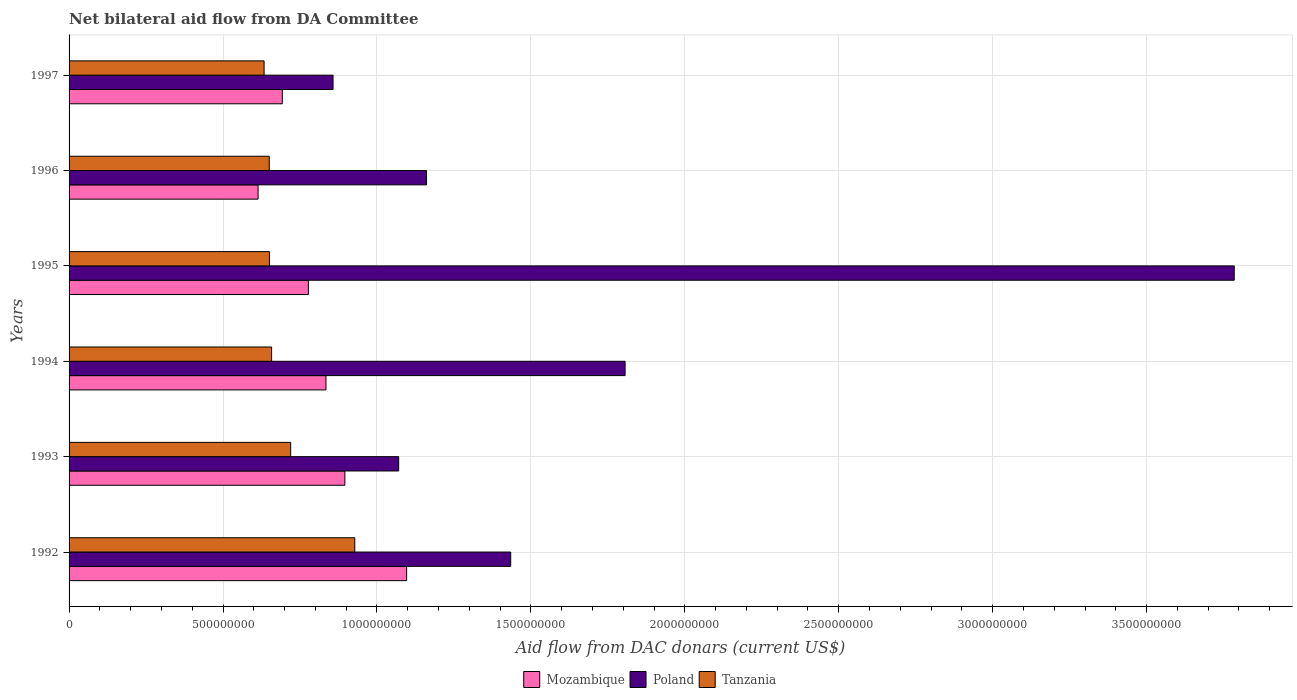
| Years | Mozambique | Poland | Tanzania |
 | --- | --- | --- | --- |
 | 1992 | 1.1e+09 | 1.43e+09 | 9.28e+08 |
 | 1993 | 8.96e+08 | 1.07e+09 | 7.2e+08 |
 | 1994 | 8.34e+08 | 1.81e+09 | 6.58e+08 |
 | 1995 | 7.77e+08 | 3.78e+09 | 6.51e+08 |
 | 1996 | 6.14e+08 | 1.16e+09 | 6.5e+08 |
 | 1997 | 6.93e+08 | 8.57e+08 | 6.33e+08 |